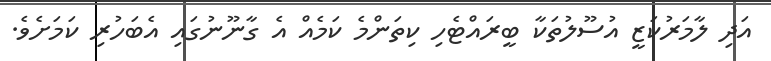
އަދި ލާމަރުކަޒީ އުސޫލުތަކާ ބީރައްޓެހި ކިތަންމެ ކަމެއް އެ ގާނޫނުގައި އެބަހުރި ކަމަށެވެ.